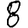
Digit: 8